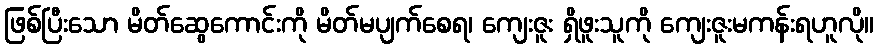
ဖြစ်ပြီးသော မိတ်ဆွေကောင်းကို မိတ်မပျက်စေရ၊ ကျေးဇူး ရှိဖူးသူကို ကျေးဇူးမကန်းရဟူလို။